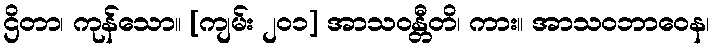
ဌိတာ၊ ကုန်သော။ [ကျမ်း ၂၀၁] အာသဝန္တီတိ၊ ကား။ အာသဝဘာဝေန၊